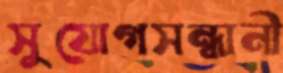
সুযোগসন্ধানী